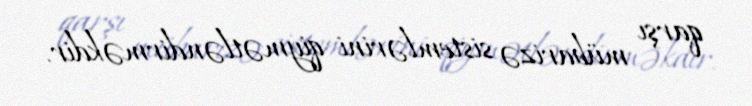
qarşı mübarizə sistemlərini qiymətləndirməkdir.